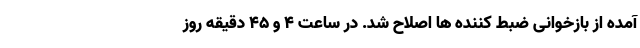
آمده از بازخوانی ضبط کننده ها اصلاح شد. در ساعت ۴ و ۴۵ دقیقه روز